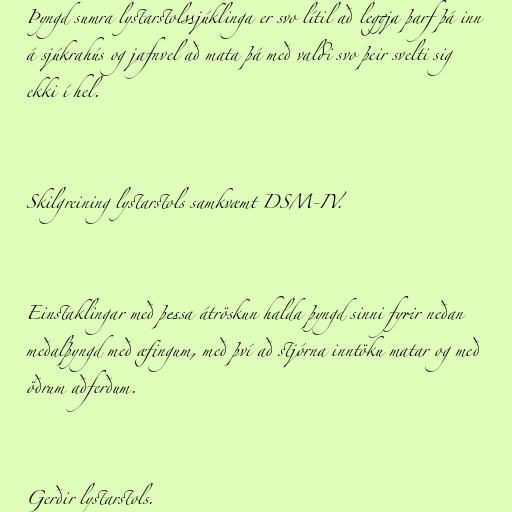
Þyngd sumra lystarstolssjúklinga er svo lítil að leggja þarf þá inn
á sjúkrahús og jafnvel að mata þá með valdi svo þeir svelti sig
ekki í hel.

Skilgreining lystarstols samkvæmt DSM-IV.

Einstaklingar með þessa átröskun halda þyngd sinni fyrir neðan
meðalþyngd með æfingum, með því að stjórna inntöku matar og með
öðrum aðferðum.

Gerðir lystarstols.